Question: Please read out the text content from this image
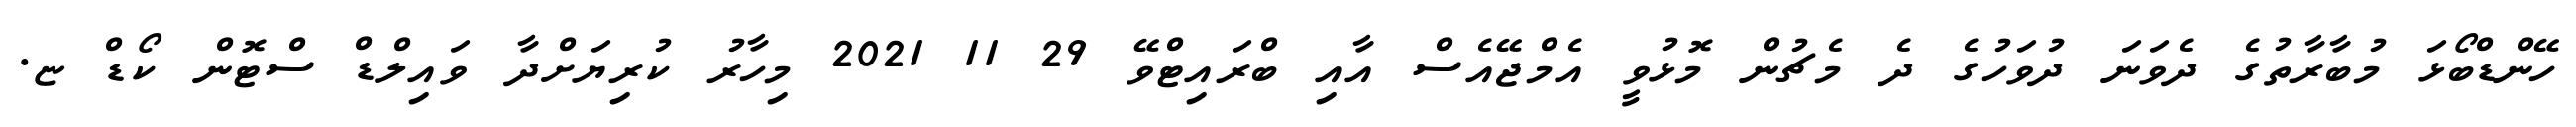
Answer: ހޭންޑްބޯޅަ މުބާރާތުގެ ދެވަނަ ދުވަހުގެ ދެ މެޗުން މޮޅުވީ އެމްޖޭއެސް އާއި ބްރައިޓްވޭ 29 11 2021 މިހާރު ކުރިޔަށްދާ ވައިލްޑް ސްޓޮން ކޯޑް ޏ.